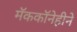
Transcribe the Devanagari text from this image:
मॅककॉनेहीने